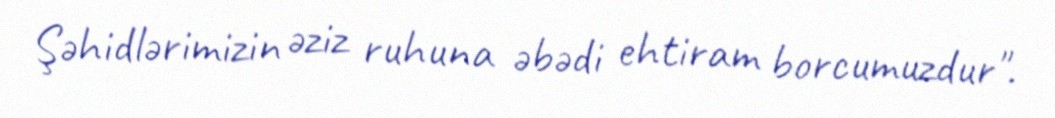
Şəhidlərimizin əziz ruhuna əbədi ehtiram borcumuzdur".